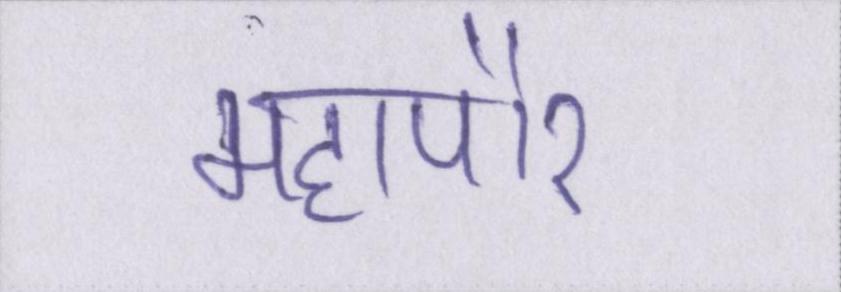
महापौर